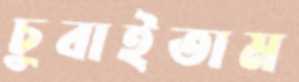
চুবাইতাম